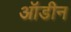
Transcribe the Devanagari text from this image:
ऑडीन